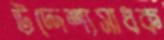
উদ্দেশ্যসাধক